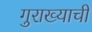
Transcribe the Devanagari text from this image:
गुराख्याची